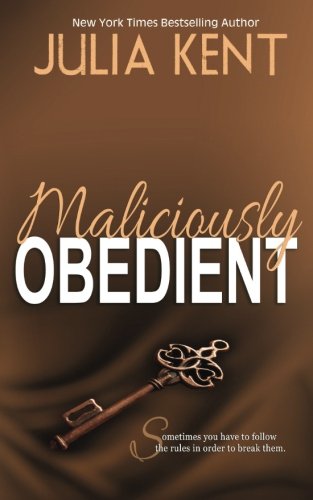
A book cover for Maliciously Obedient; Julia Kent; Romance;